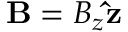
\mathbf { B } = B _ { z } \mathbf { \hat { z } }